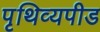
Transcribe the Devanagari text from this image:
पृथिव्यपीड